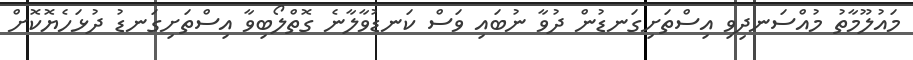
މައުލޫމާތު މުއްސަނދިވި އިސްތަށިގަނޑުން ދުވާ ނުބައި ވަސް ކަނޑުވާލާނެ ގޮތްލޯބިވާ އިސްތަށިގަނޑު ދުޅަހެޔޮކޮށް